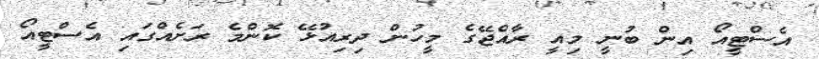
އެސްޓީއޯ އިން ބުނީ މިއީ ރާއްޖޭގެ މީހުން ދިރިއުޅޭ ކޮންމެ ރަށެއްގައި އެސްޓީއޯ